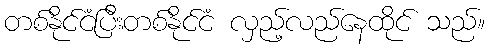
တစ်နိုင်ငံပြီးတစ်နိုင်ငံ လှည့်လည်နေထိုင် သည်။